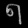
Digit: ၈